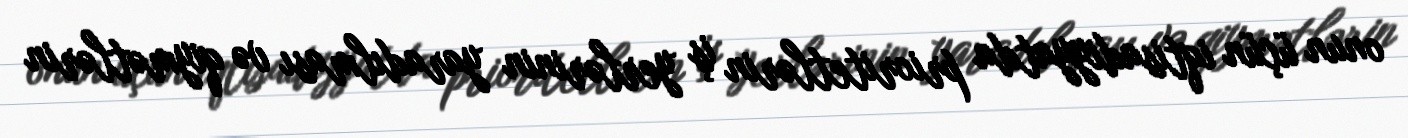
onun üçün iqtisadiyyatda prioritetlərin iş yerlərinin yaradılması və qiymətlərin